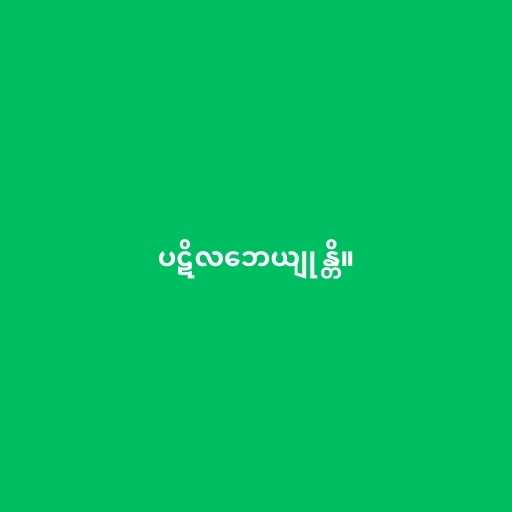
ပဋိလဘေယျုန္တိ။